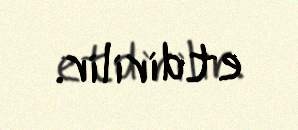
etdirilir.